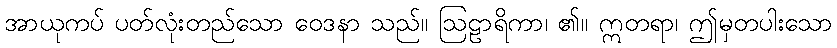
အာယုကပ် ပတ်လုံးတည်သော ဝေဒနာ သည်။ ဩဠာရိကာ၊ ၏။ ဣတရာ၊ ဤမှတပါးသော